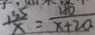
\frac { 1 3 5 } { x } = \frac { 1 8 0 } { x + 2 0 }